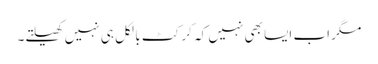
مگر اب ایسا بھی نہیں کہ کرکٹ بالکل ہی نہیں کھیلتے۔